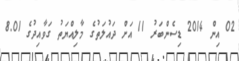
02 އިން 2014 ޑިސެންބަރު 11 އަށް ދައުލަތުގެ މާލިއްޔަތު ގަވާއިދުގެ 8.01